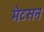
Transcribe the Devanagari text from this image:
मैटसन